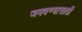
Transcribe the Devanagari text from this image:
जमवण्यासाठी